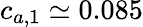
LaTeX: c_{a,1}\simeq 0.085